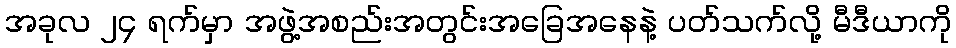
အခုလ ၂၄ ရက်မှာ အဖွဲ့အစည်းအတွင်းအခြေအနေနဲ့ ပတ်သက်လို့ မီဒီယာကို